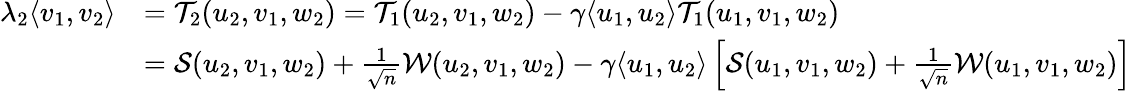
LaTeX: \begin{array}{rl}{\lambda_{2}\langle v_{1},v_{2}\rangle}&{={\mathcal{T}}_{2}(u_{2},v_{1},w_{2})={\mathcal{T}}_{1}(u_{2},v_{1},w_{2})-{\gamma}\langle u_{1},u_{2}\rangle{\mathcal{T}}_{1}(u_{1},v_{1},w_{2})}\\ &{={\mathcal{S}}(u_{2},v_{1},w_{2})+\frac{1}{\sqrt n}{\mathcal{W}}(u_{2},v_{1},w_{2})-{\gamma}\langle u_{1},u_{2}\rangle\left[{\mathcal{S}}(u_{1},v_{1},w_{2})+\frac{1}{\sqrt n}{\mathcal{W}}(u_{1},v_{1},w_{2})\right]}\end{array}